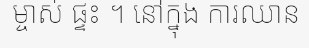
ម្ចាស់ ផ្ទះ ។ នៅក្នុង ការឈាន